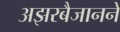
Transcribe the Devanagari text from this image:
अझरबैजानने